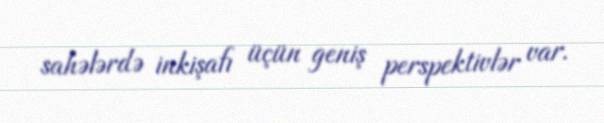
sahələrdə inkişafı üçün geniş perspektivlər var.